Vaccination in Bombay 1924-1928 - 1924-1928
Year: 1924
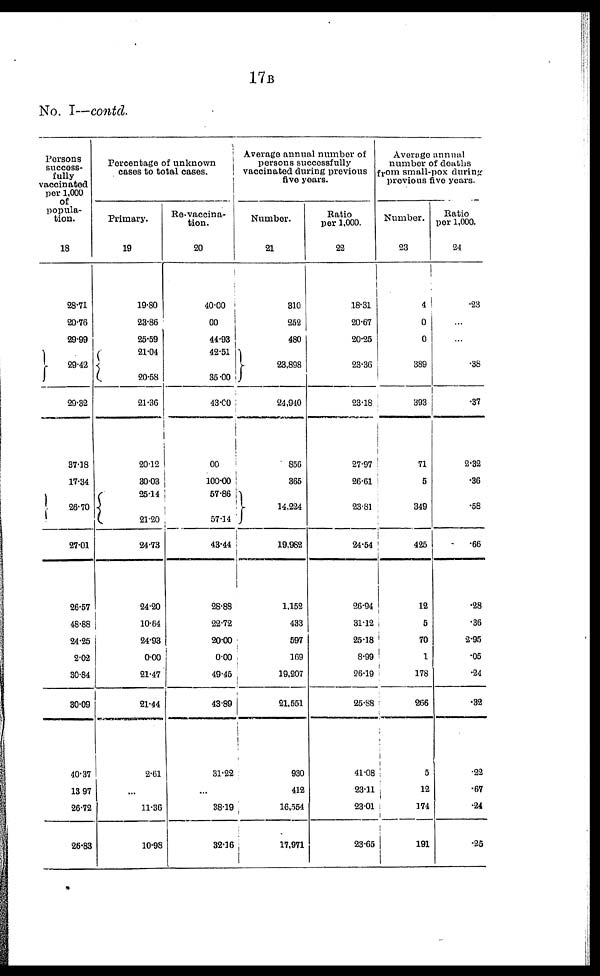
17B
No. I—contd.
Persons
success-
fully
vaccinated
per 1,000
of
popula-
tion.
18
28.71
20.76
29.99
29.42
29.32
37.18
17.34
26.70
27.01
26.57
48.88
24.25
2.02
30.84
30.09
40.37
13.97
26.72
26.83
Percentage of unknown
cases to total cases.
Primary.
19
19.80
23.86
25.59
21.04
20.58
21.36
20.12
30.03
25.14
21.20
24.73
24.20
10.64
24.93
0.00
21.47
21.44
2.61
...
11.36
10.98
Re-vaccina-
tion.
20
40.00
00
44.93
42.51
35.00
43.00
00
100.00
57.86
57.14
43.44
28.88
22.72
20.00
0.00
49.45
43.89
31.22
...
38.19
32.16
Average annual number of
persons successfully
vaccinated during previous
five years.
Number.
21
310
252
480
23,898
24,940
856
365
14,224
19,982
1,152
433
597
169
19,207
21,551
930
412
16,554
17,971
Ratio
per 1,000.
22
18.31
20.67
20.25
23.36
23.18
27.97
26.61
23.81
24.54
26.94
31.12
25.18
8.99
26.19
25.88
41.08
23.11
23.01
23.65
Average annual
number of deaths
from small-pox during
previous five years.
Number.
23
4
0
0
389
393
71
5
349
425
12
5
70
1
178
266
5
12
174
191
Ratio
per 1,000.
24
.23
...
...
.38
.37
2.32
.36
.58
.66
.28
.36
2.95
.05
.24
.32
.22
.67
.24
.25